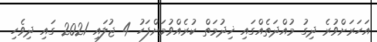
އަހަރަށްވުރެ ދިގު މުއްދަތެއްގައި ޚިދުމަތް ކުރެއްވުމަށްފަހު 4 ޖުލައި 2021 ގައި ދިވެހި